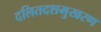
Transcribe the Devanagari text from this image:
दलितदशमुखरण